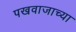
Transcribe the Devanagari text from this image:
पखवाजाच्या